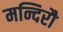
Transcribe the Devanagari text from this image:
मन्दिरौ